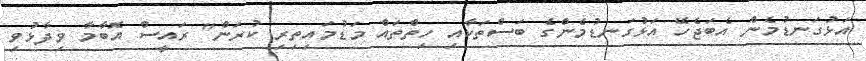
އަޅުގަނޑުމެން އެބަޖެހޭ އަޅުގަނޑުމެންގެ ބަސްތަކާއި ހިތްތައް މަޑުމައިތިރި ކުރަން" ރައީސް އޮބާމާ ވިދާޅުވި